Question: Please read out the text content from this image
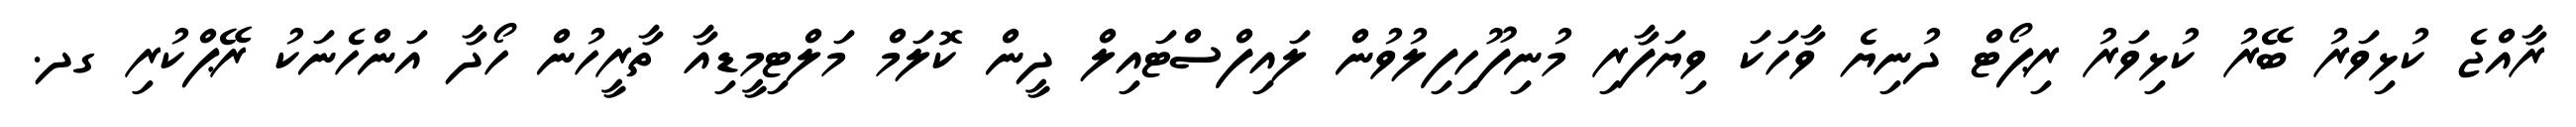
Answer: ރާއްޖެ ކުޅިވަރު ބޭރު ކުޅިވަރު ރިޕޯޓް ދުނިޔެ ވާހަކަ ވިޔަފާރި މުނިފޫހިފިލުވުން ލައިފްސްޓައިލް ދީން ކޮލަމް މަލްޓިމީޑިއާ ތާރީހުން ހޯދާ އަންހެނަކު ރޭޕްކުރި ގދ.